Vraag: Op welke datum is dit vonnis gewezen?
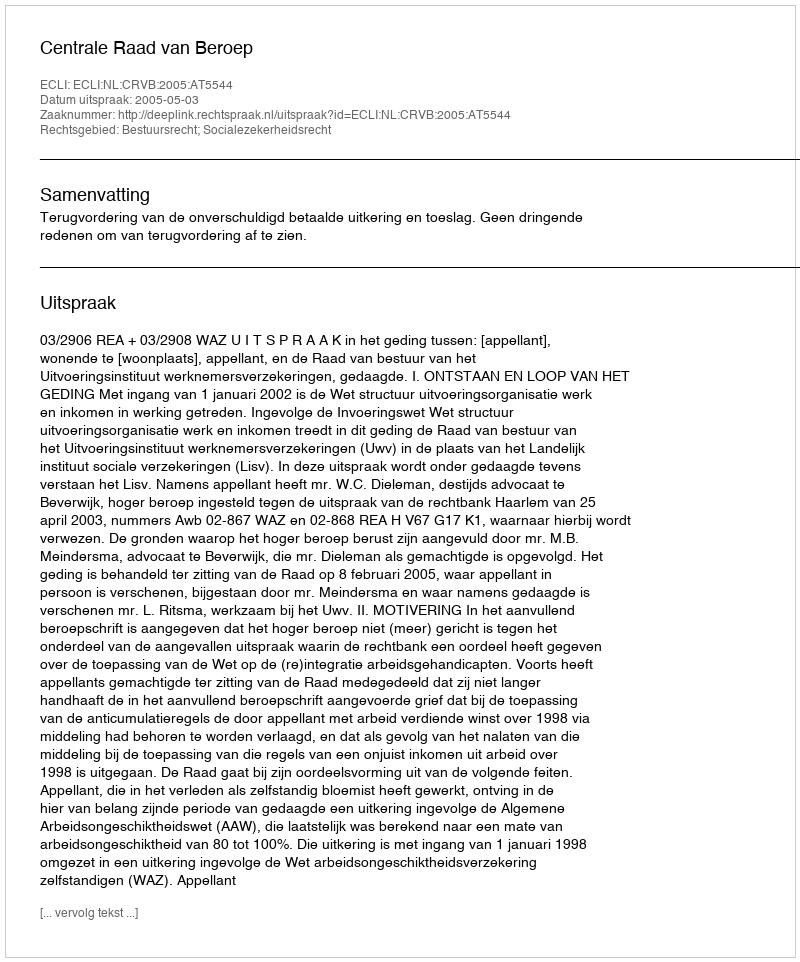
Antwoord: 2005-05-03